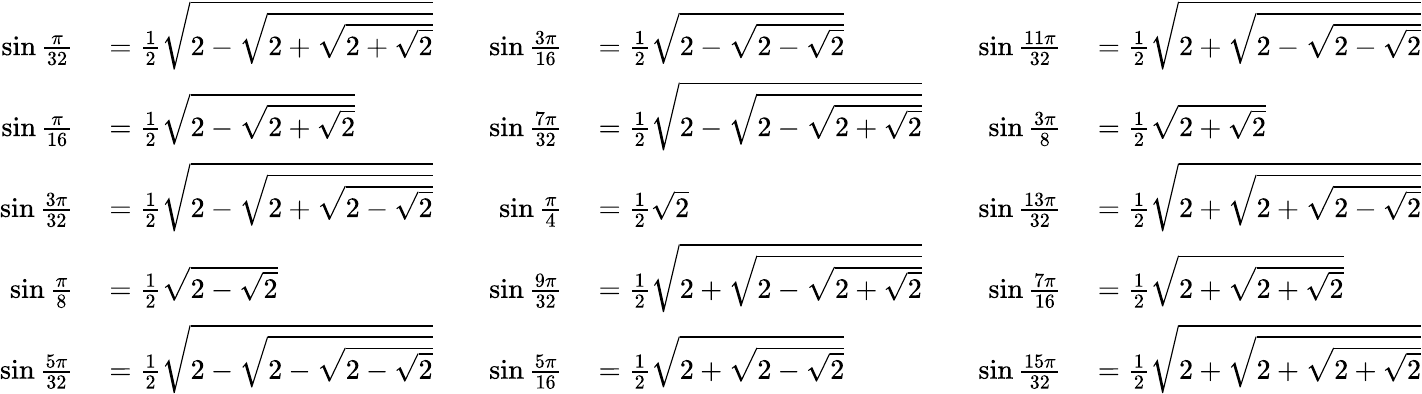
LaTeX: \begin{array}{rlrlrl}{\sin{\frac{\pi}{32}}}&{{}={\frac{1}{2}}{\sqrt{2-{\sqrt{2+{\sqrt{2+{\sqrt{2}}}}}}}}}&{\quad\sin{\frac{3\pi}{16}}}&{{}={\frac{1}{2}}{\sqrt{2-{\sqrt{2-{\sqrt{2}}}}}}}&{\quad\sin{\frac{11\pi}{32}}}&{{}={\frac{1}{2}}{\sqrt{2+{\sqrt{2-{\sqrt{2-{\sqrt{2}}}}}}}}}\\ {\sin{\frac{\pi}{16}}}&{{}={\frac{1}{2}}{\sqrt{2-{\sqrt{2+{\sqrt{2}}}}}}}&{\quad\sin{\frac{7\pi}{32}}}&{{}={\frac{1}{2}}{\sqrt{2-{\sqrt{2-{\sqrt{2+{\sqrt{2}}}}}}}}}&{\quad\sin{\frac{3\pi}{8}}}&{{}={\frac{1}{2}}{\sqrt{2+{\sqrt{2}}}}}\\ {\sin{\frac{3\pi}{32}}}&{{}={\frac{1}{2}}{\sqrt{2-{\sqrt{2+{\sqrt{2-{\sqrt{2}}}}}}}}}&{\quad\sin{\frac{\pi}{4}}}&{{}={\frac{1}{2}}{\sqrt{2}}}&{\quad\sin{\frac{13\pi}{32}}}&{{}={\frac{1}{2}}{\sqrt{2+{\sqrt{2+{\sqrt{2-{\sqrt{2}}}}}}}}}\\ {\sin{\frac{\pi}{8}}}&{{}={\frac{1}{2}}{\sqrt{2-{\sqrt{2}}}}}&{\quad\sin{\frac{9\pi}{32}}}&{{}={\frac{1}{2}}{\sqrt{2+{\sqrt{2-{\sqrt{2+{\sqrt{2}}}}}}}}}&{\quad\sin{\frac{7\pi}{16}}}&{{}={\frac{1}{2}}{\sqrt{2+{\sqrt{2+{\sqrt{2}}}}}}}\\ {\sin{\frac{5\pi}{32}}}&{{}={\frac{1}{2}}{\sqrt{2-{\sqrt{2-{\sqrt{2-{\sqrt{2}}}}}}}}}&{\quad\sin{\frac{5\pi}{16}}}&{{}={\frac{1}{2}}{\sqrt{2+{\sqrt{2-{\sqrt{2}}}}}}}&{\quad\sin{\frac{15\pi}{32}}}&{{}={\frac{1}{2}}{\sqrt{2+{\sqrt{2+{\sqrt{2+{\sqrt{2}}}}}}}}}\end{array}